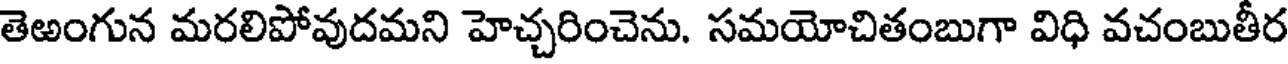
తెఱంగున మరలిపోవుదమని హెచ్చరించెను. సమయోచితంబుగా విధి వచంబుతీర